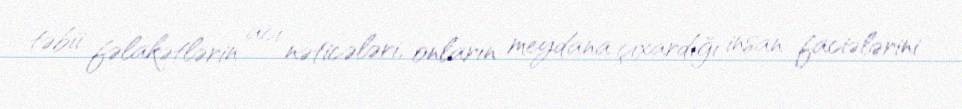
təbii fəlakətlərin acı nəticələri, onların meydana çıxardığı insan faciələrini